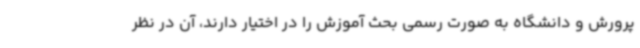
پرورش و دانشگاه به صورت رسمی بحث آموزش را در اختیار دارند، آن در نظر